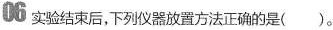
06 实验结束后，下列仪器放置方法正确的是 ( )